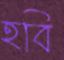
হবি